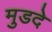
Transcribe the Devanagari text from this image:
मुडदे